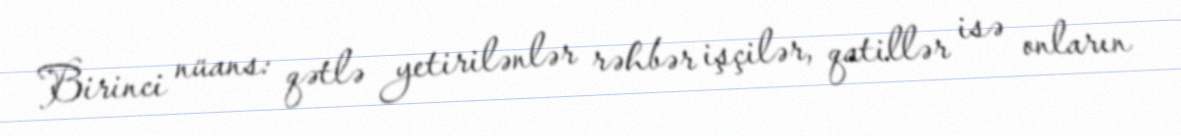
Birinci nüans: qətlə yetirilənlər rəhbər işçilər, qatillər isə onların